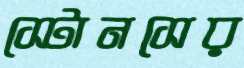
স্টোনসের